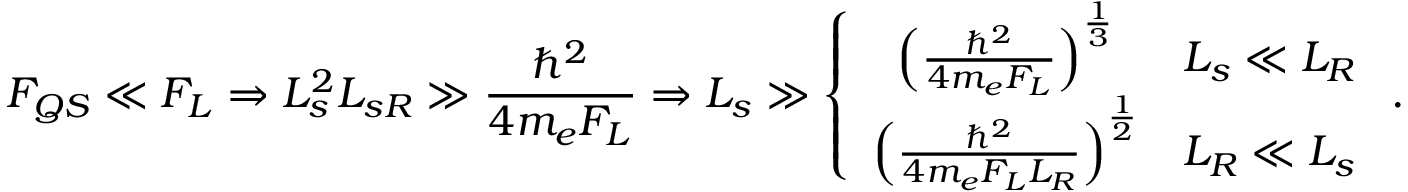
F _ { Q S } \ll F _ { L } \Rightarrow L _ { s } ^ { 2 } L _ { s R } \gg \frac { \hbar ^ { 2 } } { 4 m _ { e } F _ { L } } \Rightarrow L _ { s } \gg \left\{ \begin{array} { c c } { \left( \frac { \hbar ^ { 2 } } { 4 m _ { e } F _ { L } } \right) ^ { \frac { 1 } { 3 } } } & { L _ { s } \ll L _ { R } } \\ { \left( \frac { \hbar ^ { 2 } } { 4 m _ { e } F _ { L } L _ { R } } \right) ^ { \frac { 1 } { 2 } } } & { L _ { R } \ll L _ { s } } \end{array} \right. .